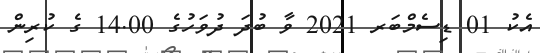
އެކު 01 ޑިސެމްބަރ 2021 ވާ ބުދަ ދުވަހުގެ 14.00 ގެ ކުރިން